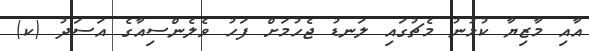
އާއި މާޒިޔާ ކުޅުނު މެޗުގައި ލަނޑު ޖެހުމަށް ފަހު ވެލެންސިއާގެ އަސަދު (ކ)